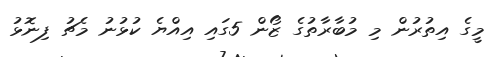
މީގެ އިތުރުން މި މުބާރާތުގެ ޒޯން 5ގައި އިއްޔެ ކުޅުނު މެޗު ފިނޮޅު